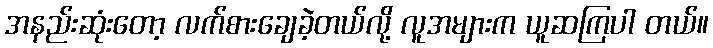
အနည်းဆုံးတော့ လက်စားချေခဲ့တယ်လို့ လူအများက ယူဆကြပါ တယ်။